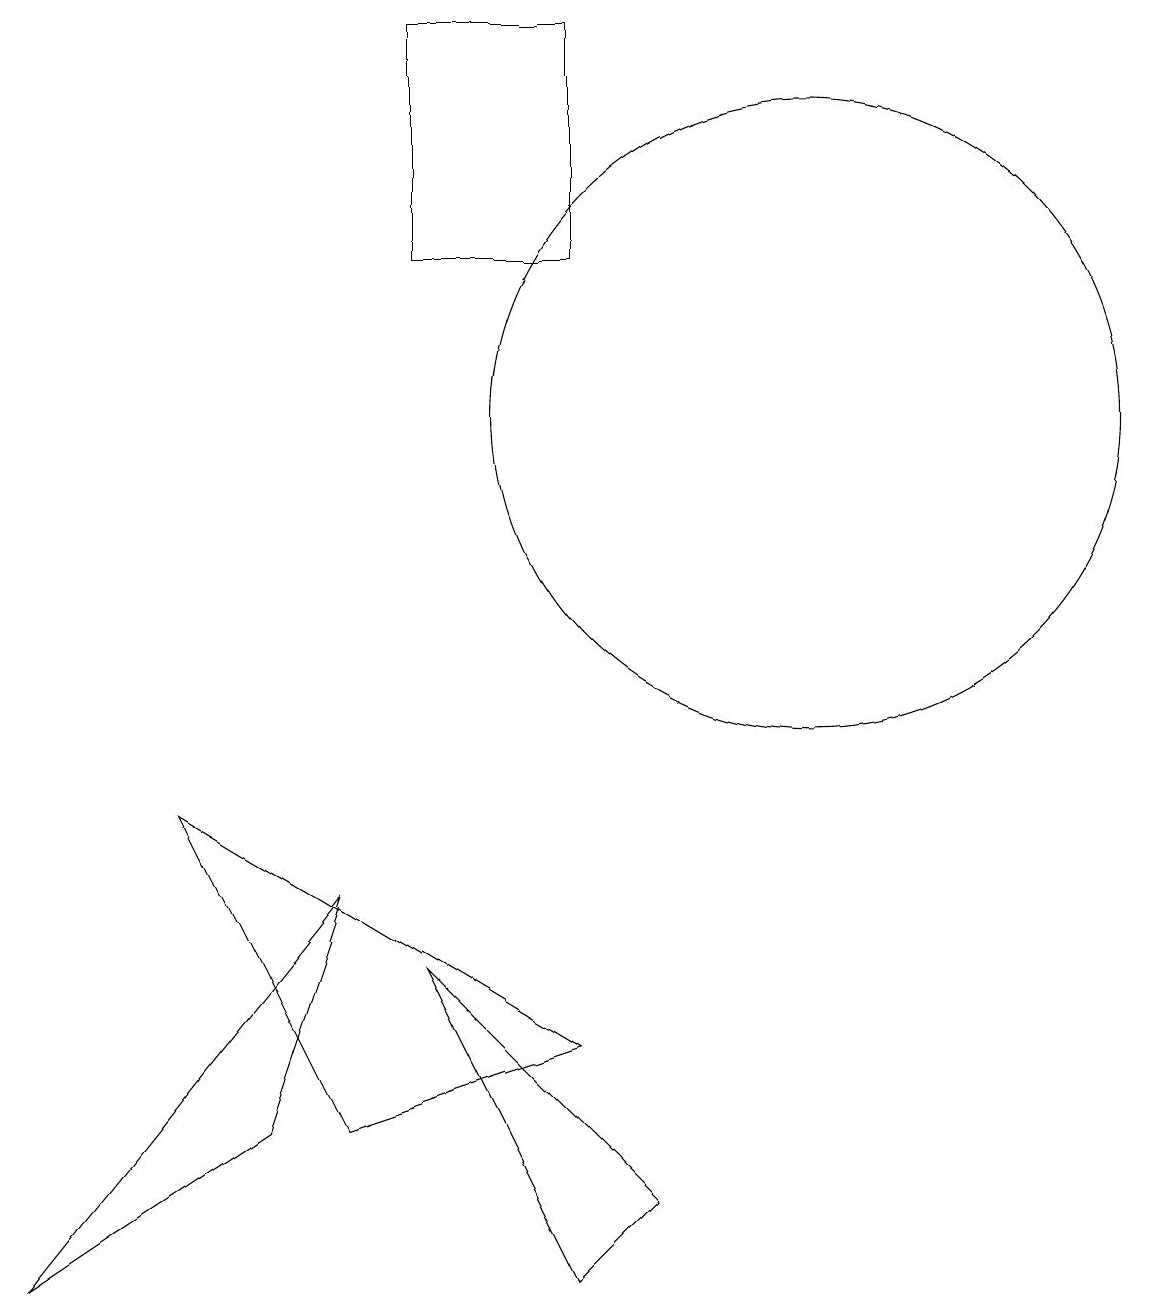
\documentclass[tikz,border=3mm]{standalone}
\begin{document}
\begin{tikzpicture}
\draw (4,2) -- (5,5) -- (1,0) -- cycle;
\draw (11,11) circle (4);
\draw (6,16) rectangle (8,13);
\draw (8,0) -- (6,4) -- (9,1) -- cycle;
\draw (8,3) -- (5,2) -- (3,6) -- cycle;
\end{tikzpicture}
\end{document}